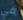
في